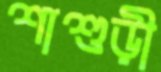
শাশুড়ী